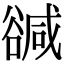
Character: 𧯃